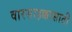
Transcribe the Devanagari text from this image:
वारसाहक्कासाठी